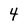
Character: 4